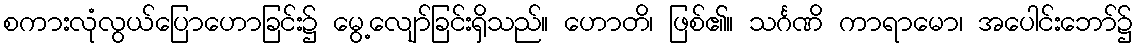
စကားလုံလွယ်ပြောဟောခြင်း၌ မွေ့လျော်ခြင်းရှိသည်။ ဟောတိ၊ ဖြစ်၏။ သင်္ဂဏိ ကာရာမော၊ အပေါင်းဘော်၌